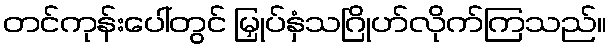
တင်ကုန်းပေါ်တွင် မြှုပ်နှံသဂြိုဟ်လိုက်ကြသည်။